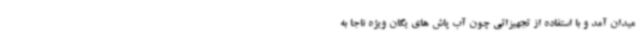
میدان آمد و با استفاده از تجهیزاتی چون آب پاش های یگان ویژه ناجا به